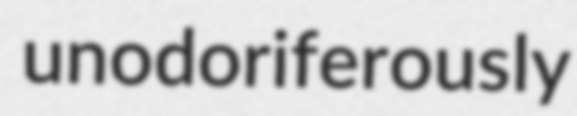
unodoriferously